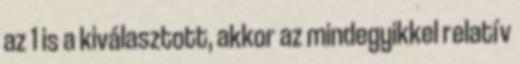
az 1 is a kiválasztott, akkor az mindegyikkel relatív